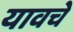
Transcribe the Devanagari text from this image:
यावचे